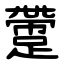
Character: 䠠